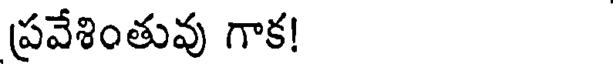
ప్రవేశింతువు గాక!